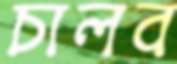
চালব